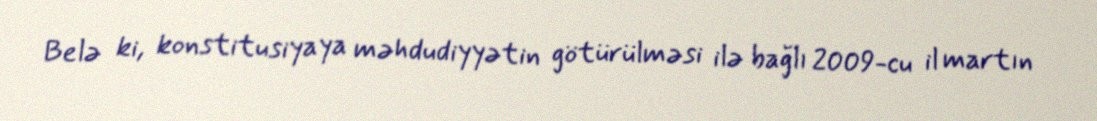
Belə ki, konstitusiyaya məhdudiyyətin götürülməsi ilə bağlı 2009-cu il martın